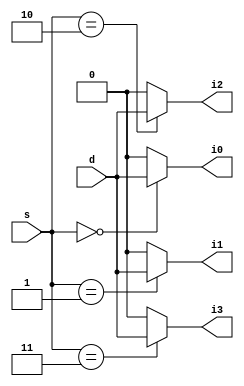
module dmux(i0,i1,i2,i3,s,d);

output i0,i1,i2,i3;
input [1:0] s;
input d;

assign i0 = (s==0)?d:0;
assign i1 = (s==1)?d:0;
assign i2 = (s==2)?d:0;
assign i3 = (s==3)?d:0;

endmodule